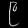
Digit: ၉